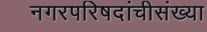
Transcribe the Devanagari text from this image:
नगरपरिषदांचीसंख्या